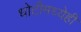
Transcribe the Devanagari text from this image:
धोटीमध्येही